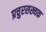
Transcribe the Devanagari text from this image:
प्रचुरसख्यक